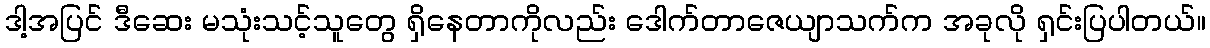
ဒါ့အပြင် ဒီဆေး မသုံးသင့်သူတွေ ရှိနေတာကိုလည်း ဒေါက်တာဇေယျာသက်က အခုလို ရှင်းပြပါတယ်။